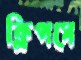
ক্লিপসে